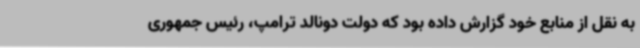
به نقل از منابع خود گزارش داده بود که دولت دونالد ترامپ، رئیس جمهوری